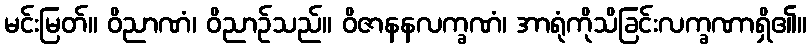
မင်းမြတ်။ ဝိညာဏံ၊ ဝိညာဉ်သည်။ ဝိဇာနနလက္ခဏံ၊ အာရုံကိုသိခြင်းလက္ခဏာရှိ၏။